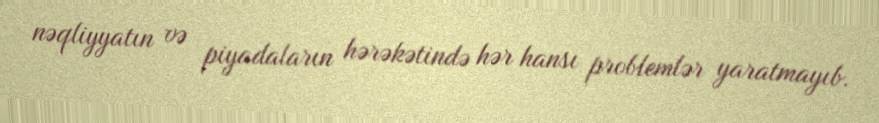
nəqliyyatın və piyadaların hərəkətində hər hansı problemlər yaratmayıb.